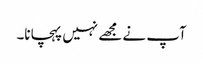
آپ نے مجھے نہیں پہچانا۔